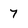
Character: 7